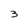
Character: 3